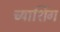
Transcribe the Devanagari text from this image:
च्याशिंग